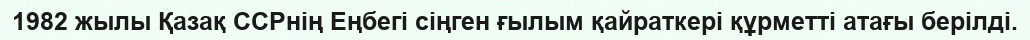
1982 жылы Қазақ ССРнің Еңбегі сіңген ғылым қайраткері құрметті атағы берілді.